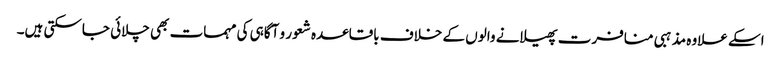
اسکے علاوہ مذہبی منافرت پھیلانے والوں کے خلاف باقاعدہ شعور و آگاہی کی مہمات بھی چلائی جاسکتی ہیں۔